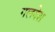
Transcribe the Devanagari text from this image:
गलदेश